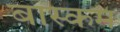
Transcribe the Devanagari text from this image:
बास्कम